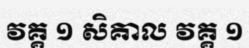
វគ្គ ១ សិគាល វគ្គ ១